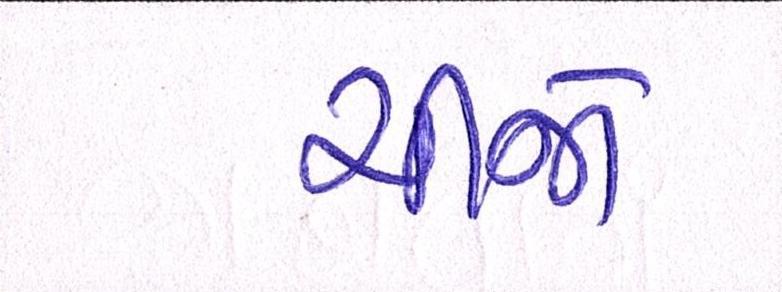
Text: ચીજો